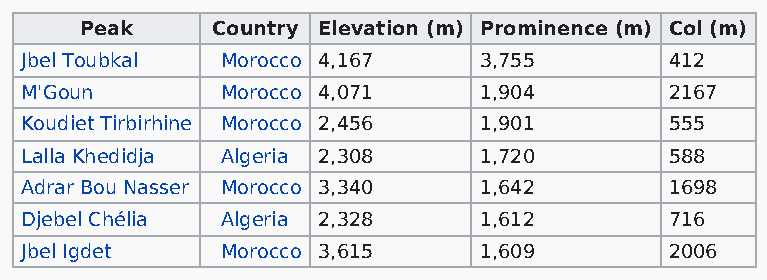
Peak     Country Elevation (m) Prominence (m) Col (m)
 Jbel Toubkal  Morocco 4,167    3,755       412
 M'Goun        Morocco 4,071    1,904       2167
 Koudiet Tirbirhine Morocco 2,456 1,901     555
 Lalla Khedidja Algeria 2,308   1,720       588
 Adrar Bou Nasser Morocco 3,340 1,642       1698
 Djebel Chélia Algeria 2,328    1,612       716
 Jbel Igdet    Morocco 3,615    1,609       2006